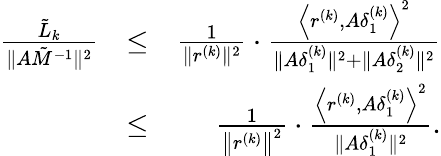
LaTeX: \begin{array}{rlr}{\frac{{{{\tilde{L}}_{k}}}}{{\| {A\tilde{M}^{-1}}\| ^{2}}}}&{\le}&{\frac{1}{{\| r^{(k)}\| ^{2}}}\cdot\frac{\left\langle{{r^{(k)}},A\delta_{1}^{(k)}}\right\rangle^{2}}{\| A\delta_{1}^{(k)}\| ^{2}+\| A\delta_{2}^{(k)}\| ^{2}}}\\ &{\le}&{\frac{1}{{\left\| r^{(k)}\right\| ^{2}}}\cdot\frac{\left\langle{{r^{(k)}},A\delta_{1}^{(k)}}\right\rangle^{2}}{\| A\delta_{1}^{(k)}\| ^{2}}.}\end{array}